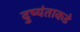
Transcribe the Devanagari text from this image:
दुष्यंताकडे